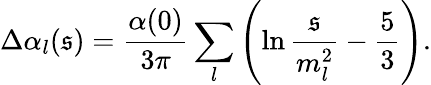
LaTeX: \Delta\alpha_{l}(\mathfrak{s})={\frac{{\alpha(0)}}{{3\pi}}}\sum_{l}\left(\ln{\frac{{\mathfrak{s}}}{{m_{l}^{2}}}}-{\frac{{5}}{{3}}}\right).